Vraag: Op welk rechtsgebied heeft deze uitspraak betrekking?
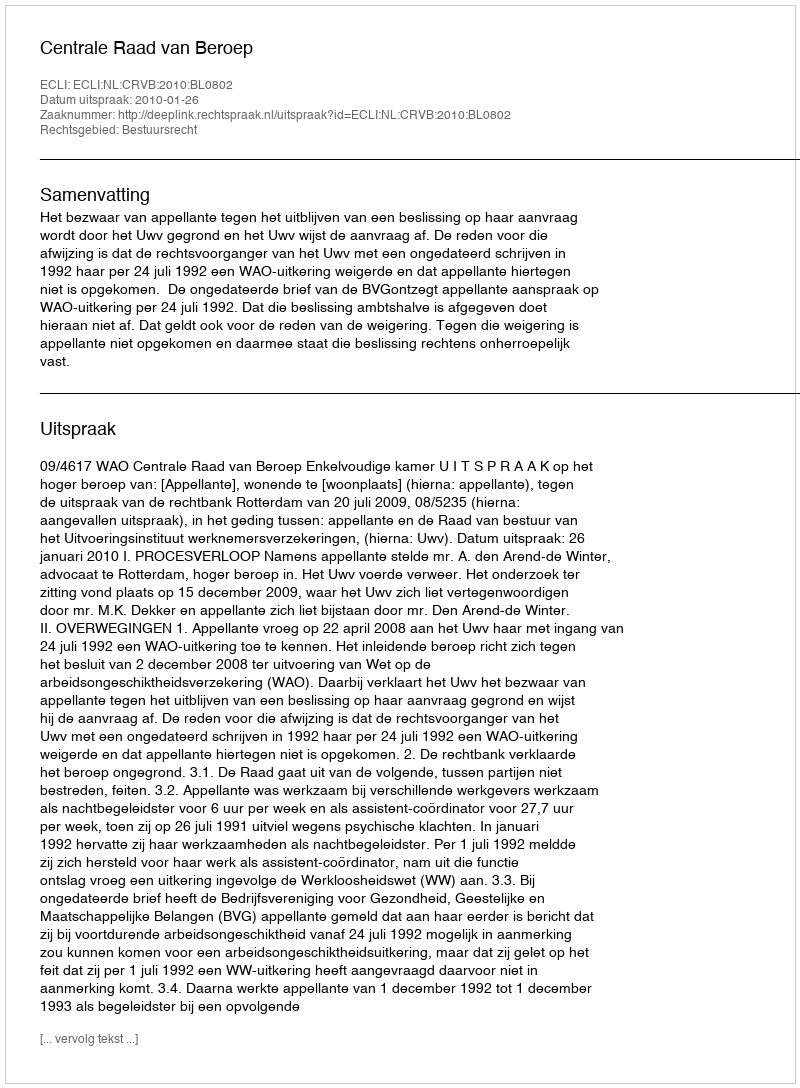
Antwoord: Bestuursrecht